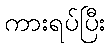
ကားရပ်ပြီး